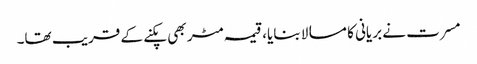
مسرت نے بریانی کا مسالا بنایا، قیمہ مٹر بھی پکنے کے قریب تھا۔